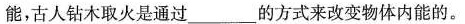
能，古人钻木取火是通过___的方式来改变物体内能的。